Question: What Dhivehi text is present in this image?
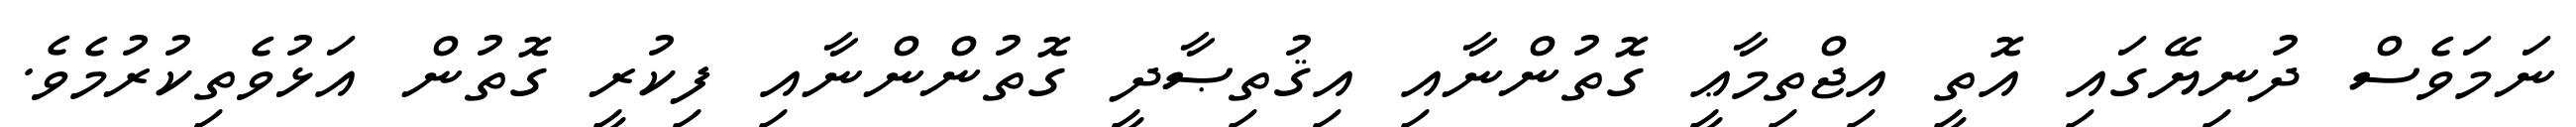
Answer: ނަމަވެސް ދުނިޔޭގައި އޮތީ އިޖްތިމާޢީ ގޮތުންނާއި އިޤުތިޞާދީ ގޮތުންންނާއި ފިކުރީ ގޮތުން އަޅުވެތިކުރުމެވެ.